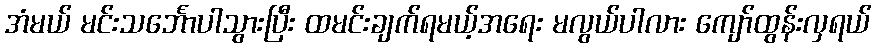
အံမယ် မင်းသင်္ဘောပါသွားပြီး ထမင်းချက်ရမယ့်အရေး မလွယ်ပါလား ကျော်ထွန်းလှရယ်